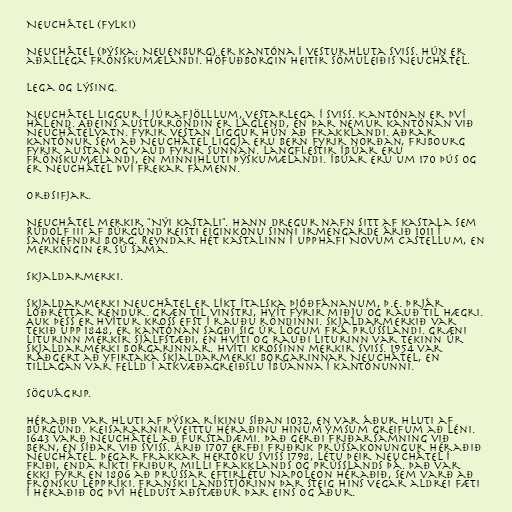
Neuchâtel (fylki)

Neuchâtel (þýska: Neuenburg) er kantóna í vesturhluta Sviss. Hún er
aðallega frönskumælandi. Höfuðborgin heitir sömuleiðis Neuchâtel.

Lega og lýsing.

Neuchâtel liggur í Júrafjölllum, vestarlega í Sviss. Kantónan er því
hálend. Aðeins austurröndin er láglend, en þar nemur kantónan við
Neuchâtelvatn. Fyrir vestan liggur hún að Frakklandi. Aðrar
kantónur sem að Neuchâtel liggja eru Bern fyrir norðan, Fribourg
fyrir austan og Vaud fyrir sunnan. Langflestir íbúar eru
frönskumælandi, en minnihluti þýskumælandi. Íbúar eru um 170 þús og
er Neuchâtel því frekar fámenn.

Orðsifjar.

Neuchâtel merkir "Nýi kastali". Hann dregur nafn sitt af kastala sem
Rúdolf III af Búrgúnd reisti eiginkonu sinni Irmengarde árið 1011 í
samnefndri borg. Reyndar hét kastalinn í upphafi Novum Castellum, en
merkingin er sú sama.

Skjaldarmerki.

Skjaldarmerki Neuchâtel er líkt ítalska þjóðfánanum, þ.e. þrjár
lóðréttar rendur. Græn til vinstri, hvít fyrir miðju og rauð til hægri.
Auk þess er hvítur kross efst í rauðu röndinni. Skjaldarmerkið var
tekið upp 1848, er kantónan sagði sig úr lögum frá Prússlandi. Græni
liturinn merkir sjálfstæði, en hvíti og rauði liturinn var tekinn úr
skjaldarmerki borgarinnar. Hvíti krossinn merkir Sviss. 1954 var
ráðgert að yfirtaka skjaldarmerki borgarinnar Neuchâtel, en
tillagan var felld í atkvæðagreiðslu íbúanna í kantónunni.

Söguágrip.

Héraðið var hluti af þýska ríkinu síðan 1032, en var áður hluti af
Búrgúnd. Keisararnir veittu héraðinu hinum ýmsum greifum að léni.
1643 varð Neuchâtel að furstadæmi. Það gerði friðarsamning við
Bern, en síðar við Sviss. Árið 1707 erfði Friðrik Prússakonungur héraðið
Neuchâtel. Þegar Frakkar hertóku Sviss 1798, létu þeir Neuchâtel í
friði, enda ríkti friður milli Frakklands og Prússlands þá. Það var
ekki fyrr en 1806 að Prússar eftirlétu Napoleon héraðið, sem varð að
frönsku leppríki. Franski landstjórinn þar steig hins vegar aldrei fæti
í héraðið og því héldust aðstæður þar eins og áður.